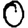
Digit: 0